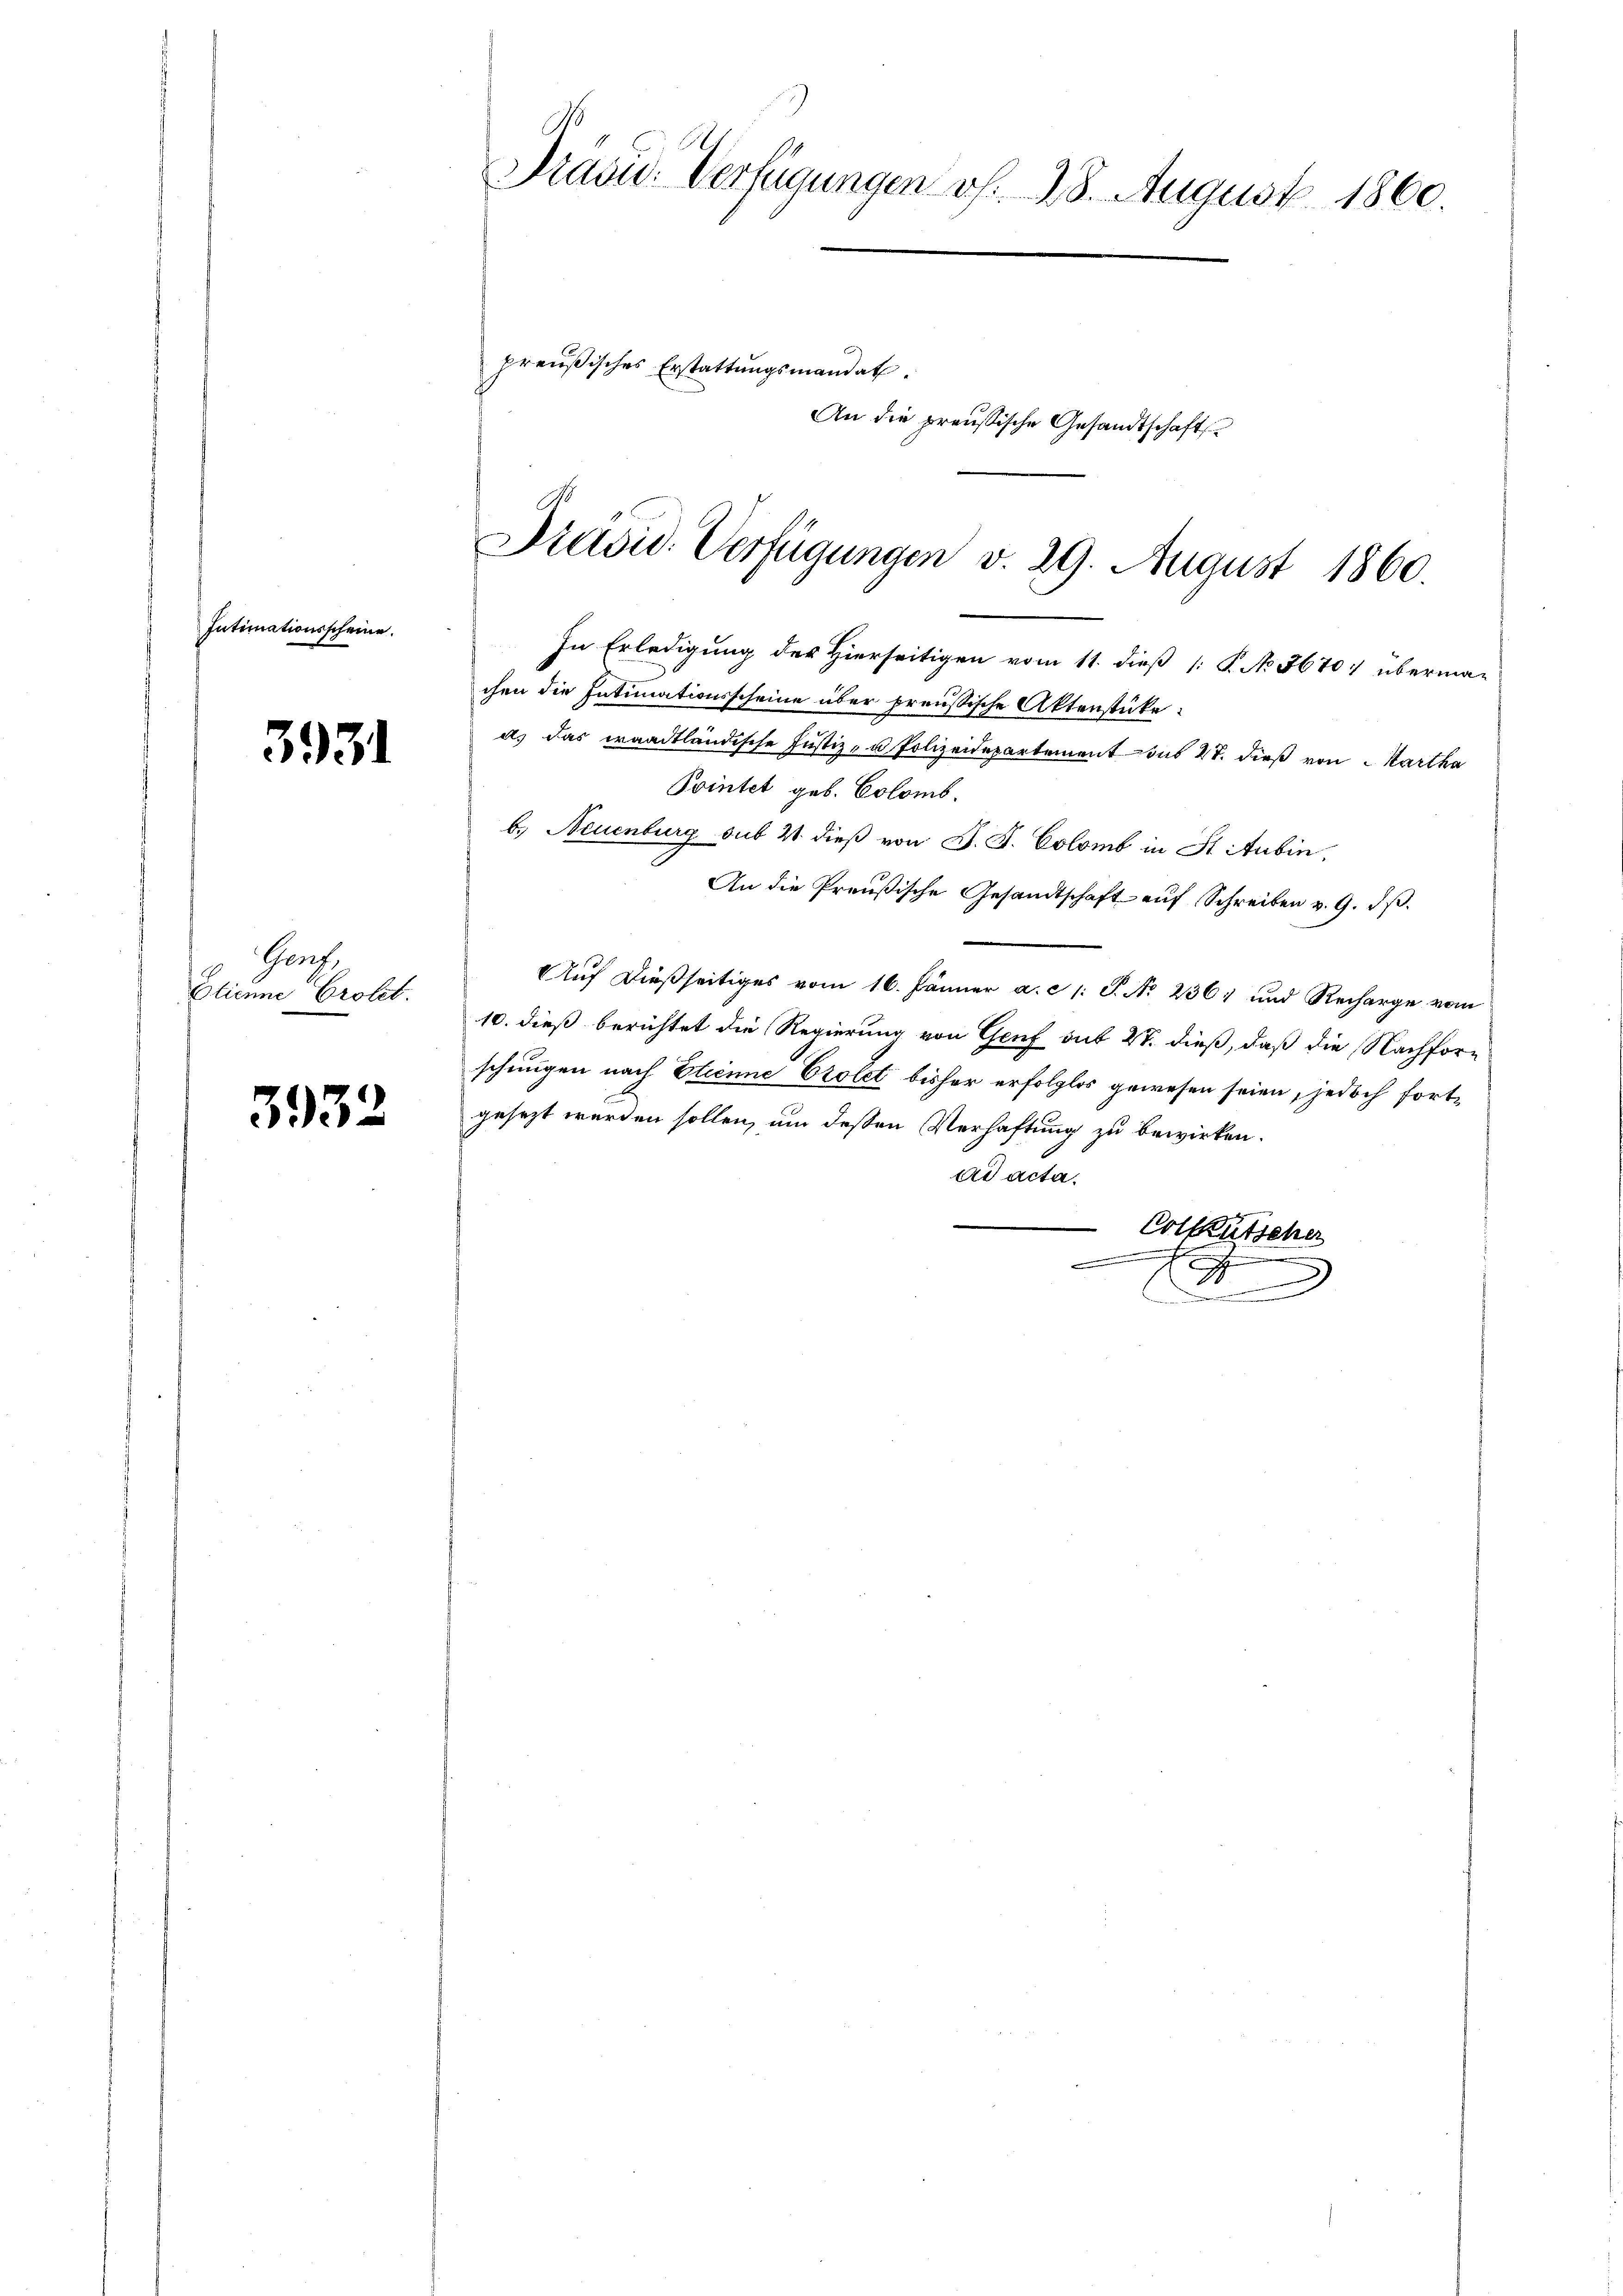
Intimationsscheine.

3931

Gruf
Etienne Crolet.

3932

Präsid. Verfügungen v. 28. August 1860.
preußisches Erstattungsmandat
An die preußische Gesandtschaft
Präsid. Verfügungen v. 29. August 1860.

In Erledigung der Hierseitigen vom 11. dieß [ P. No. 3670 übermachen die Intimationsscheine über preußische Aktenstücke:
a. Das waadtländische Justiz- u Polizeidepartement aus 17. dieß von Kartha

Pointet geb. Colomb.
b.) Neuenburg sub 21 dieß von J. K. Colomb in St. Aubin,
An die Preußische Gesandtschaft aŭf Schreiben v. 9. dβ.
Auf dießseitiges vom 16. Jänner a. c. S. No 236) und Recharge vom
10. dieß berichtet die Regierung von Genf auf 27. dieß, daß die Nachforschungen nach Etienne Crolet bisher erfolglos gewesen seien, jedoch fortgesezt werden sollen, um deßen Verhaftung zu bewirken.
ad acta.
e
Colkutscher
.
.
n
3
.